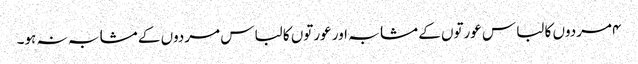
۴مردوں کا لباس عورتوں کے مشابہ اور عورتوں کا لباس مردوں کے مشابہ نہ ہو۔